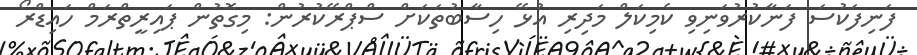
ފަނިފަކުސަ ފަނާކުރުވަނިވި ކެމިކަލް މަދިރި އުޅޭ ހިސާބުތަކަށް ސްޕްރޭކުރުން: މިގޮތުން ޕައިރީތްރަމް ހައިޑްރޯ